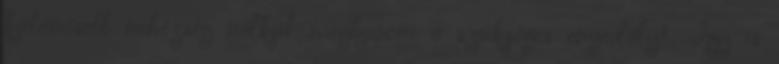
különösebb nehézség nélkül megkapom a szükséges engedélyt. Így is